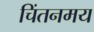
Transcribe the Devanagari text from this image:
चिंतनमय